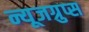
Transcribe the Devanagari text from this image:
न्यूजग्रुप्स